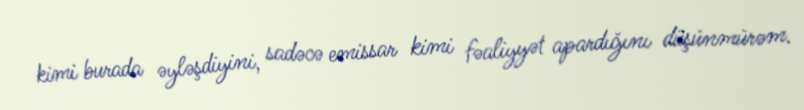
kimi burada əyləşdiyini, sadəcə emissar kimi fəaliyyət apardığını düşünmürəm.